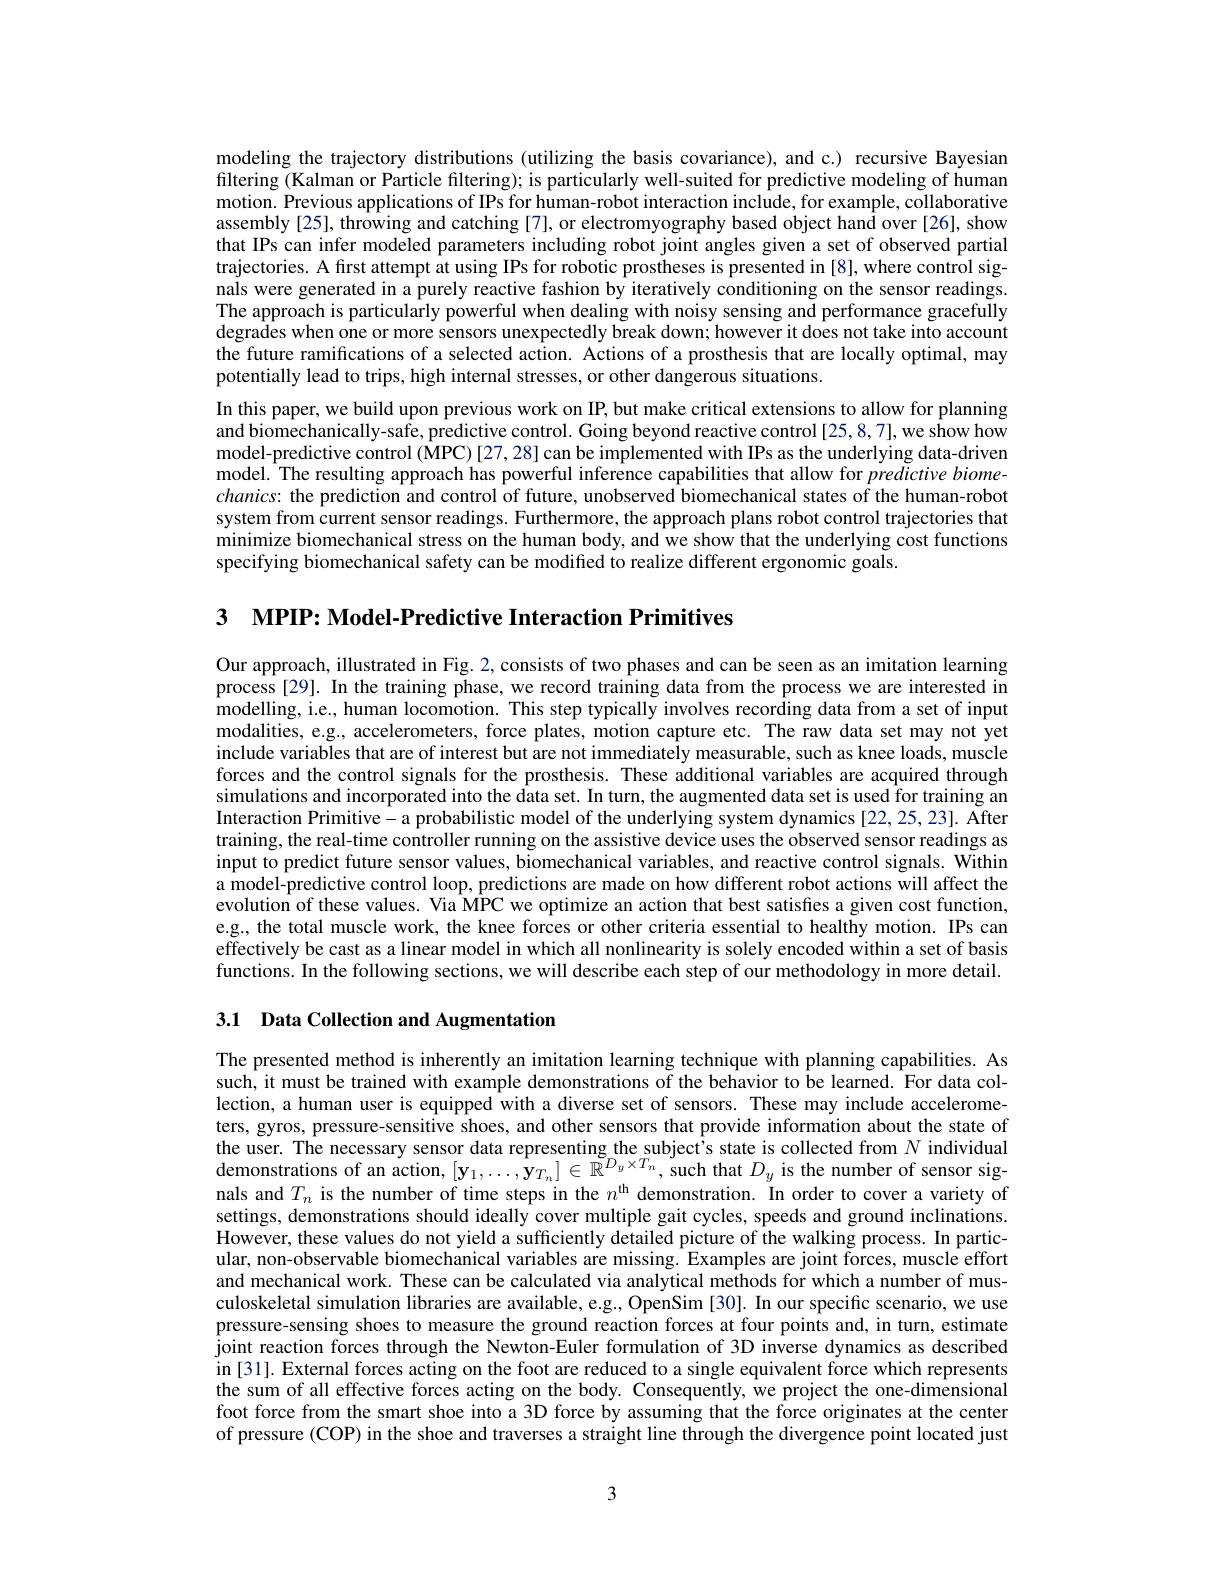
modeling the trajectory distributions (utilizing the basis covariance), and c.) recursive Bayesian filtering (Kalman or Particle filtering); is particularly well-suited for predictive modeling of human motion. Previous applications of IPs for human-robot interaction include, for example, collaborative assembly [25], throwing and catching [7], or electromyography based object hand over [26], show that IPs can infer modeled parameters including robot joint angles given a set of observed partial trajectories. A first attempt at using IPs for robotic prostheses is presented in [8], where control signals were generated in a purely reactive fashion by iteratively conditioning on the sensor readings The approach is particularly powerful when dealing with noisy sensing and performance gracefully degrades when one or more sensors unexpectedly break down; however it does not take into account the future ramifications of a selected action. Actions of a prosthesis that are locally optimal, may potentially lead to trips, high internal stresses, or other dangerous situations.
In this paper, we build upon previous work on IP, but make critical extensions to allow for planning and biomechanically-safe, predictive control. Going beyond reactive control [25,8,7], we show how model-predictive control ($\bar{\mathrm{MPC}})[27,28]$ can be implemented with IPs as the underlying data-driven model. The resulting approach has powerful inference capabilities that allow for predictive biome- $chanics:$ the prediction and control of future, unobserved biomechanical states of the human-robot system from current sensor readings. Furthermore, the approach plans robot control trajectories that minimize biomechanical stress on the human body, and we show that the underlying cost functions specifying biomechanical safety can be modified to realize different ergonomic goals.

3 MPIP: Model-Predictive Interaction Primitives

Our approach, illustrated in Fig. 2, consists of two phases and can be seen as an imitation learning process [29]. In the training phase, we record training data from the process we are interested in modelling, i.e., human locomotion. This step typically involves recording data from a set of input modalities, e.g, accelerometers, force plates, motion capture etc. The raw data set may not yet include variables that are of interest but are not immediately measurable, such as knee loads, muscle forces and the control signals for the prosthesis. These additional variables are acquired through simulations and incorporated into the data set. In turn, the augmented data set is used for training an Interaction Primitive- a probabilistic model of the underlying system dynamics [22,25,23]. After training, the real-time controller running on the assistive device uses the observed sensor readings as input to predict future sensor values, biomechanical variables, and reactive control signals. Within a model-predictive control loop, predictions are made on how different robot actions will affect the evolution of these values. Via MPC we optimize an action that best satisfies a given cost function, e.g., the total muscle work, the knee forces or other criteria essential to healthy motion. IPs can effectively be cast as a linear model in which all nonlinearity is solely encoded within a set of basis functions. In the following sections, we will describe each step of our methodology in more detail.

3.1 Data Collection and Augmentation

The presented method is inherently an imitation learning technique with planning capabilities. As such, it must be trained with example demonstrations of the behavior to be learned. For data collection, a human user is equipped with a diverse set of sensors. These may include accelerometers, gyros, pressure-sensitive shoes, and other sensors that provide information about the state of the user. The necessary sensor data representing the subject's state is collected from $N$ individual demonstrations of an action, $[\mathbf{y}_1,\ldots,\mathbf{y}_{T_n}]\in\mathbb{R}^{\tilde{D}_y\times T_n}$, such that $D_y$ is the number of sensor signals and $T_n$ is the number of time steps in the $n^\mathrm{th}$ demonstration. In order to cover a variety of settings, demonstrations should ideally cover multiple gait cycles, speeds and ground inclinations. However, these values do not yield a sufficiently detailed picture of the walking process. In particular, non-observable biomechanical variables are missing. Examples are joint forces, muscle effort and mechanical work. These can be calculated via analytical methods for which a number of musculoskeletal simulation libraries are available, e.g., OpenSim [30]. In our specific scenario, we use pressure-sensing shoes to measure the ground reaction forces at four points and, in turn, estimate joint reaction forces through the Newton-Euler formulation of 3D inverse dynamics as described in [ 31] . External forces acting on the foot are reduced to a single equivalent force which represents in [ 31] . External forces acting on the foot are reduced to a single equivalent force which re sents the sum of all effective forces acting on the body. Consequently, we project the one-dimensional foot force from the smart shoe into a 3D force by assuming that the force originates at the center of pressure (COP) in the shoe and traverses a straight line through the divergence point located just

3